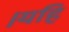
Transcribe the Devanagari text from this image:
।यहि